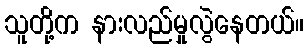
သူတို့က နားလည်မှုလွဲနေတယ်။